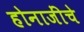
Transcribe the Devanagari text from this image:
होनाजींचे